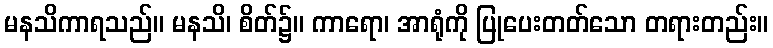
မနသိကာရသည်။ မနသိ၊ စိတ်၌။ ကာရော၊ အာရုံကို ပြုပေးတတ်သော တရားတည်း။